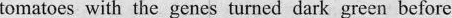
tomatoes with the genes turned dark green before